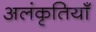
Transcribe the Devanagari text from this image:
अलंकृतियाँ